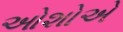
ઓશોએ